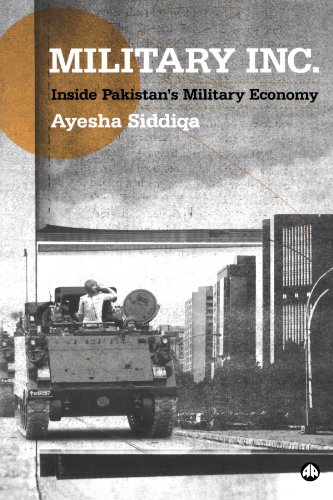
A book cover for Military Inc.: Inside Pakistan's Military Economy; Ayesha Siddiqa; History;